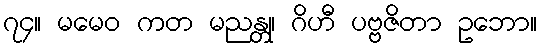
၇၄။ မမေဝ ကတ မညန္တု၊ ဂိဟီ ပဗ္ဗဇိတာ ဥဘော။